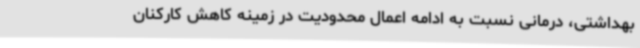
بهداشتی، درمانی نسبت به ادامه اعمال محدودیت در زمینه کاهش کارکنان